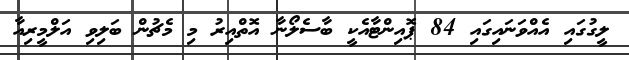
ލީގުގައި އެއްވަނައިގައި 84 ޕޮއިންޓާއެކީ ބާސެލޯނާ އޮތްއިރު މި މެޗުން ބަލިވި އަލްމީރިއާ